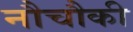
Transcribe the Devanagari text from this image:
नौचौकी